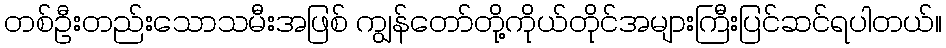
တစ်ဦးတည်းသောသမီးအဖြစ် ကျွန်တော်တို့ကိုယ်တိုင်အများကြီးပြင်ဆင်ရပါတယ်။